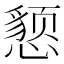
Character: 𰒖